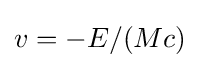
v=-E/(Mc)